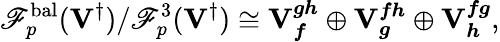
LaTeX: \mathscr{F}_{p}^{\mathrm{bal}}({\mathbf{V}^{\dagger}})/\mathscr{F}_{p}^{3}({\mathbf{V}^{\dagger}})\cong\mathbf{V}_{{\boldsymbol{f}}}^{{\boldsymbol{g}}{\boldsymbol{h}}}\oplus\mathbf{V}_{{\boldsymbol{g}}}^{{\boldsymbol{f}}{\boldsymbol{h}}}\oplus\mathbf{V}_{{\boldsymbol{h}}}^{{\boldsymbol{f}}{\boldsymbol{g}}},